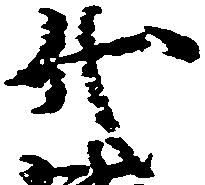
代